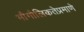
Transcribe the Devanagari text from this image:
भौगोलिकतेप्रमाणे